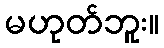
မဟုတ်ဘူး။